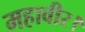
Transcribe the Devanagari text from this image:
महावीर।